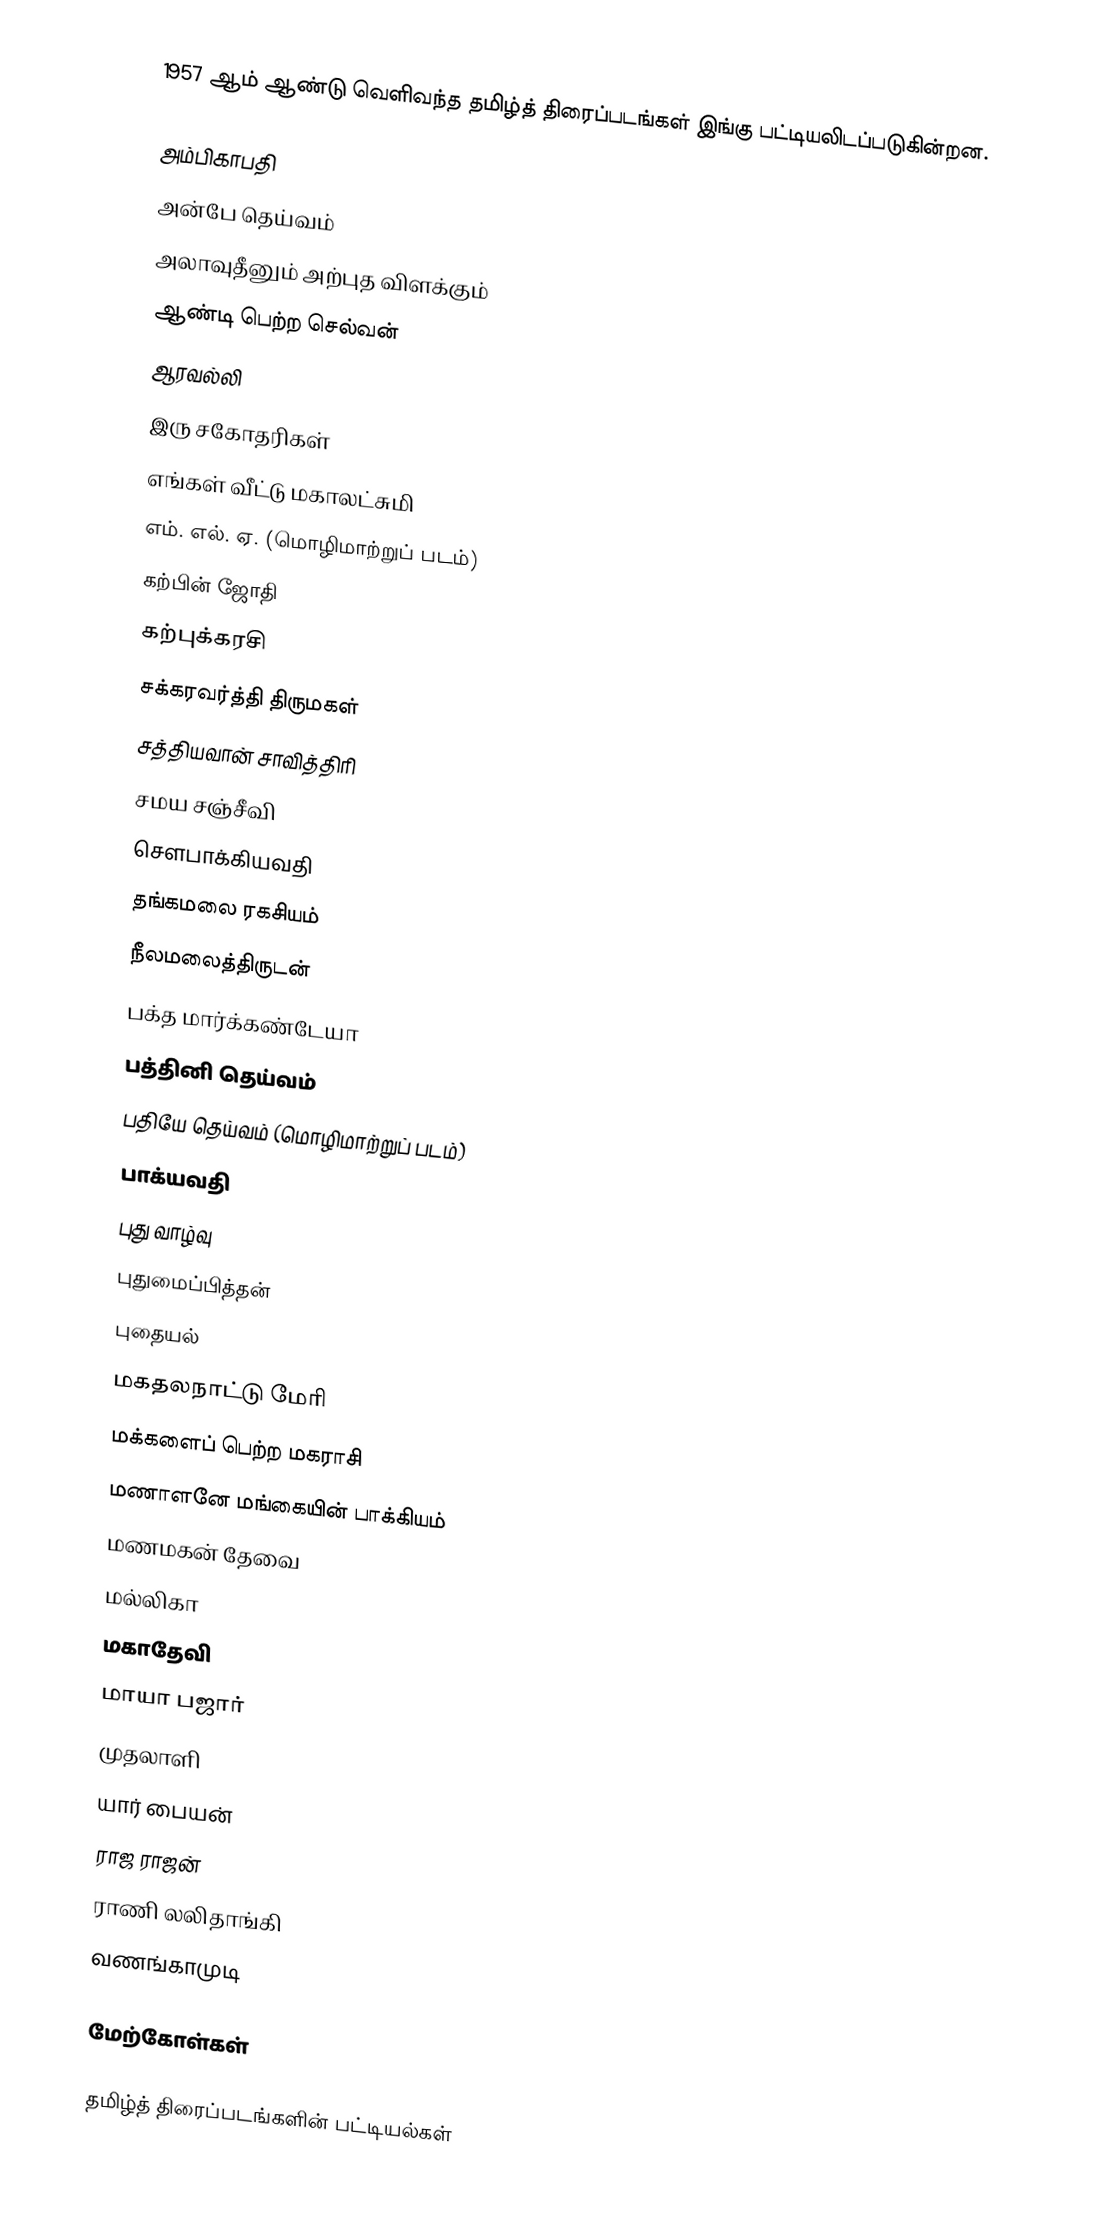
1957 ஆம் ஆண்டு வெளிவந்த தமிழ்த் திரைப்படங்கள் இங்கு பட்டியலிடப்படுகின்றன.

 அம்பிகாபதி
 அன்பே தெய்வம்
 அலாவுதீனும் அற்புத விளக்கும்
 ஆண்டி பெற்ற செல்வன்
 ஆரவல்லி
 இரு சகோதரிகள்
 எங்கள் வீட்டு மகாலட்சுமி
 எம். எல். ஏ. (மொழிமாற்றுப் படம்)
 கற்பின் ஜோதி
 கற்புக்கரசி
 சக்கரவர்த்தி திருமகள்
 சத்தியவான் சாவித்திரி
 சமய சஞ்சீவி
 சௌபாக்கியவதி
 தங்கமலை ரகசியம்
 நீலமலைத்திருடன்
 பக்த மார்க்கண்டேயா
 பத்தினி தெய்வம்
 பதியே தெய்வம் (மொழிமாற்றுப் படம்)
 பாக்யவதி
 புது வாழ்வு
 புதுமைப்பித்தன்
 புதையல்
 மகதலநாட்டு மேரி
 மக்களைப் பெற்ற மகராசி
 மணாளனே மங்கையின் பாக்கியம்
மணமகன் தேவை
 மல்லிகா
 மகாதேவி
 மாயா பஜார்
 முதலாளி
 யார் பையன்
 ராஜ ராஜன்
 ராணி லலிதாங்கி
 வணங்காமுடி

மேற்கோள்கள்

தமிழ்த் திரைப்படங்களின் பட்டியல்கள்